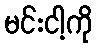
မင်းငါ့ကို